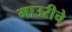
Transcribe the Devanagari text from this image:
माउरीचे